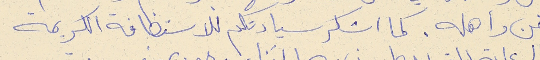
للفن وأهله. كما اشكر سيادتكم للاستضافة الكريمة